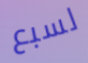
لسبع